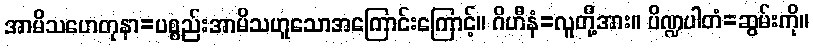
အာမိသဟေတုနာ=ပစ္စည်းအာမိသဟူသောအကြောင်းကြောင့်။ ဂိဟီနံ=လူတို့အား။ ပိဏ္ဍပါတံ=ဆွမ်းကို။